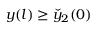
y ( l ) \ge \check { y } _ { 2 } ( 0 )